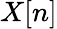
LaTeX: X[n]